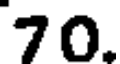
70.